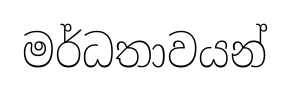
මර්ධතාවයන්